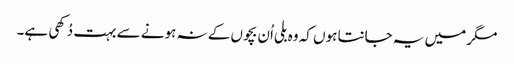
مگر میں یہ جانتا ہوں کہ وہ بلی اُن بچوں کے نہ ہونے سے بہت دُکھی ہے۔